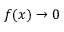
f ( x ) \rightarrow 0